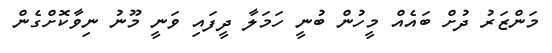
މަންޒަރު ދުށް ބައެއް މީހުން ބުނީ ހަމަލާ ދީފައި ވަނީ މޫނު ނިވާކޮށްގެން